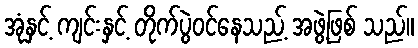
အုံနှင့် ကျင်းနှင့် တိုက်ပွဲဝင်နေသည့် အဖွဲ့ဖြစ် သည်။